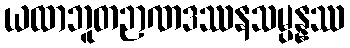
ယထာဘူတဉာဏဒဿနသမ္ပန္နဿ